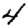
Digit: 4